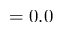
= 0 . 0